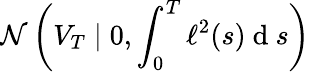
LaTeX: \mathcal{N}\left(V_{T}\mid 0,\int_{0}^{T}\ell^{2}(s)\mathrm{~d~}s\right)